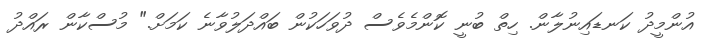
އުންމީދު ކަނޑައިނުލާން. ހިތް ބުނީ ކޮންމެވެސް ދުވަހަކުން ބައްދަލުވާނެ ކަމަށް." މުސްކާން ރައްދު